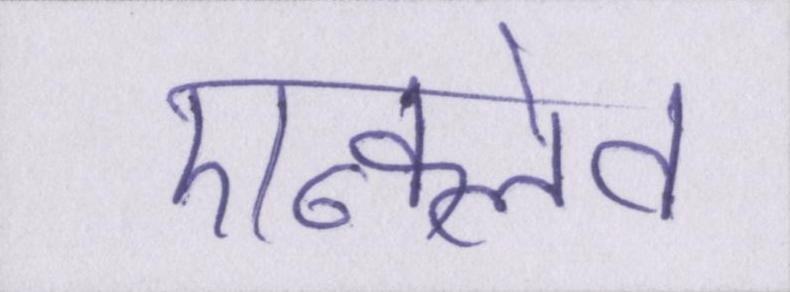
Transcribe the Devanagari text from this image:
एन्क्लेव